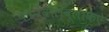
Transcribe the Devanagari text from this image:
कोन्वोल्वूलाकेऐ